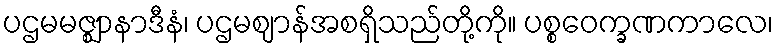
ပဌမမဇ္ဈာနာဒီနံ၊ ပဌမဈာန်အစရှိသည်တို့ကို။ ပစ္စဝေက္ခဏကာလေ၊